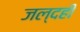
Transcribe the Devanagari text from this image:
जल्दही